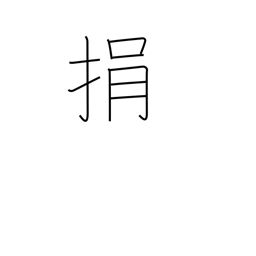
Meaning: throw away